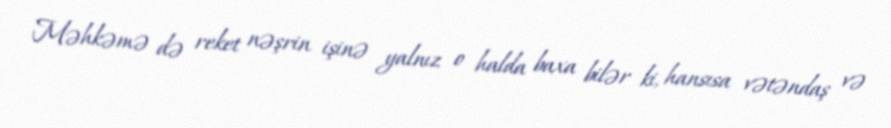
Məhkəmə də reket nəşrin işinə yalnız o halda baxa bilər ki, hansısa vətəndaş və